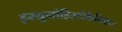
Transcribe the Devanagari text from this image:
इम्युनोहिस्टोकैमिकल